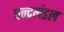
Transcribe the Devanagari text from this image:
चन्द्रमंडल